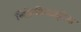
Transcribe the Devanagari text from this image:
लिंफ़ेडिनाइटिस